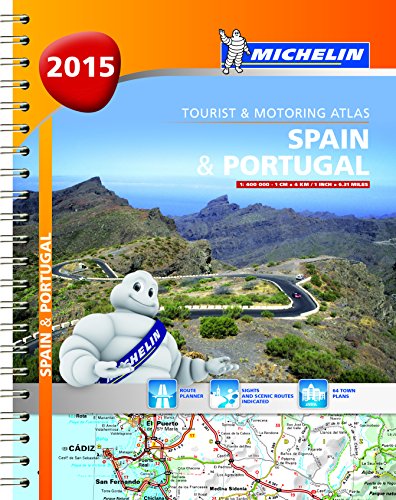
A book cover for Spain and Portugal 2015 A4 Spiral Atlas (Michelin Tourist and Motoring Atlas); Travel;